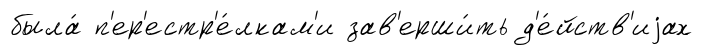
была́ п'ер'естр'е́лкам'и зав'ерши́ть д'е́йств'иjах